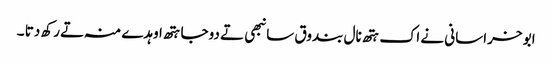
ابو خراسانی نے اک ہتھ نال بندوق سانبھی تے دوجا ہتھ اوہدے منہ تے رکھ دتا ۔